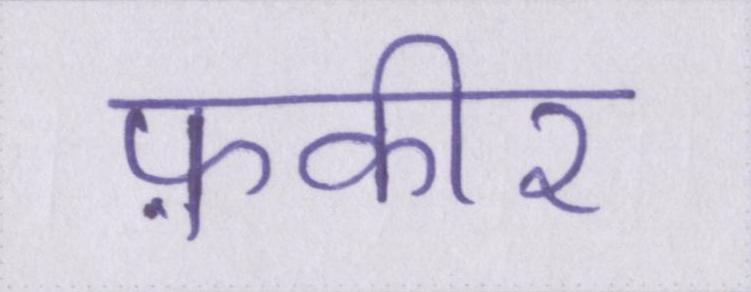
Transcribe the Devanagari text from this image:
फ़कीर